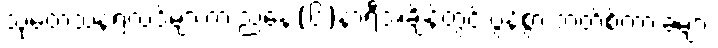
သုတေသနရလဒ်များက ညနေ(၆)နာရီအချိန်တွင် ပွန်စွာ ဘတ်စ်ကားခများ